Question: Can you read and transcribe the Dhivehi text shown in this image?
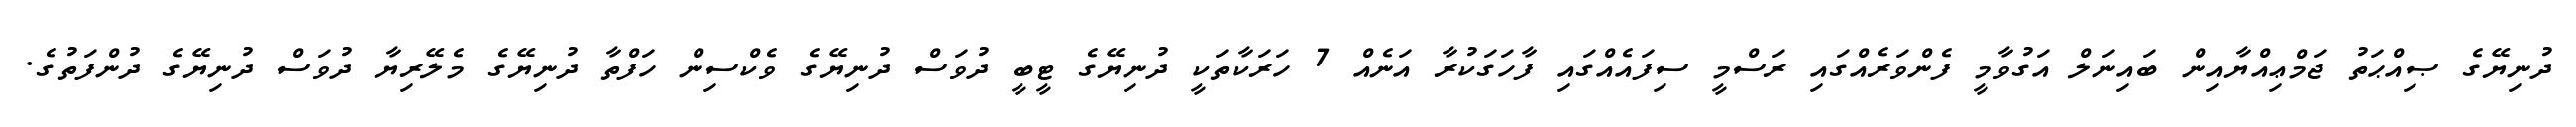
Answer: ދުނިޔޭގެ ޞިއްޙަތު ޖަމްޢިއްޔާއިން ބައިނަލް އަގުވާމީ ފެންވަރެއްގައި ރަސްމީ ސިފައެއްގައި ފާހަގަކުރާ އަނެއް 7 ހަރަކާތަކީ ދުނިޔޭގެ ޓީބީ ދުވަސް ދުނިޔޭގެ ވެކްސިން ހަފްތާ ދުނިޔޭގެ މެލޭރިޔާ ދުވަސް ދުނިޔޭގެ ދުންފަތުގެ.